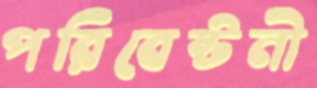
পরিবেষ্টনী